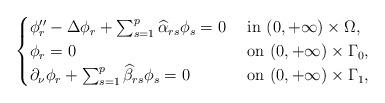
LaTeX: \begin{align*}\begin{cases}\phi_r''-\Delta \phi_r +\sum_{s=1}^p\widehat \alpha_{rs}\phi_s=0&\hbox{ in } (0, +\infty)\times \Omega,\\\phi_r=0 & \hbox{ on } (0, +\infty)\times \Gamma_0,\\\partial_\nu\phi_r +\sum_{s=1}^p\widehat \beta_{rs}\phi_s=0 & \hbox{ on } (0, +\infty)\times \Gamma_1,\end{cases}\end{align*}